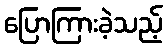
ပြောကြားခဲ့သည့်